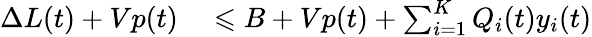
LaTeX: \begin{array}{rl}{\Delta L(t)+Vp(t)}&{{}\leqslant B+Vp(t)+\sum_{i=1}^{K}Q_{i}(t)y_{i}(t)}\end{array}